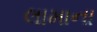
લામાના